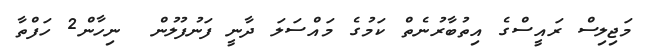
މަޖިލިސް ރައީސްގެ އިތުބާރުނެތް ކަމުގެ މައްސަލަ ދާނީ ފަނުފުލުން  ނިހާން2 ހަފްތާ